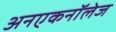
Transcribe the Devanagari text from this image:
अनएकनॉलेज